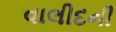
વાલીદની